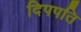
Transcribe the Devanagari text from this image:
दिपपति